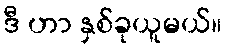
ဒီ ဟာ နှစ်ခုယူမယ်။